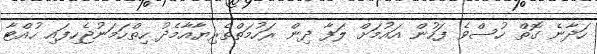
ހަދާނެ ގޮތް ހުސްވެ ފަހުން އައުމަށް ލަފާ ދިން ރަހުމަތްތެރިޔާއާމެދު ހިތްހަމަނުޖެހިފައި ހުއްޓާ